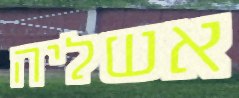
אשליה